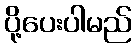
ပို့ပေးပါမည်